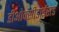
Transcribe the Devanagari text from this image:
डीओक्सीडाईसड